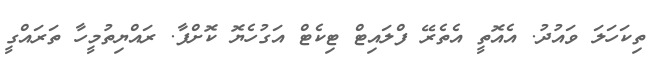
ތިކަހަލަ ވައުދު. އެއޮތީ އެތެރޭ ފްލައިޓް ޓިކެޓް އަގުހެޔޮ ކޮށްފާ. ރައްޔިތުމީހާ ތަރައްގީ